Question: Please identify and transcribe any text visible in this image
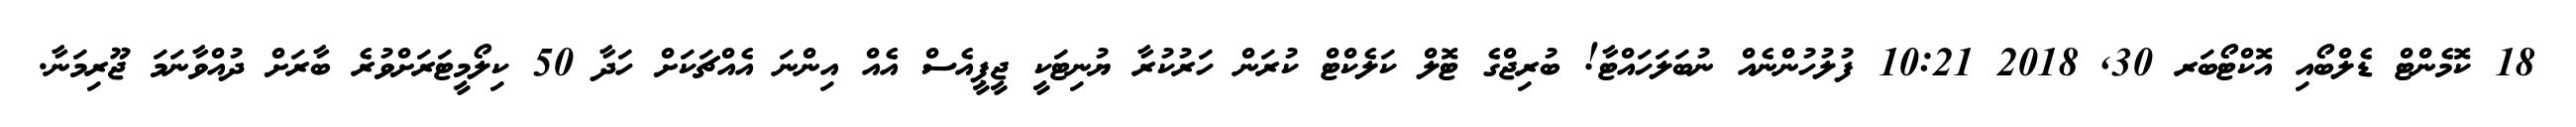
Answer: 18 ކޮމެންޓް ޑެލްބޯއި އޮކްޓޯބަރ 30, 2018 10:21 ފުލުހުންނެއް ނުބަލަހައްޓާ! ބުރިޖްގެ ޓޮލް ކަލެކްޓް ކުރަން ހަރުކުރާ ޔުނިޓަކީ ޖީޕީއެސް އެއް އިންނަ އެއްޗަކަށް ހަދާ 50 ކިލޯމީޓަރަށްވުރެ ބާރަށް ދުއްވާނަމަ ޖޫރިމަނާ.